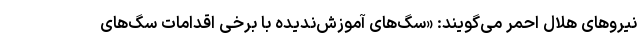
نیروهای هلال احمر می‌گویند: «سگ‌های آموزش‌ندیده با برخی اقدامات سگ‌های